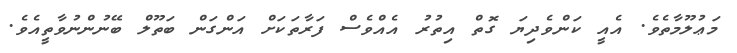
މަޢުލޫމާތެވެ. އެއީ ކަންވެދިޔަ ގޮތް އިތުރު އެއްވެސް ފަރާތަކަށް އަންގަން ބަތޫލް ބޭނުންނުވާތީއެވެ.